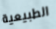
الطبيعية